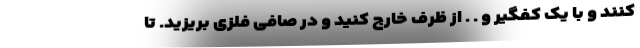
کنند و با یک کفگیر و . . از ظرف خارج کنید و در صافی فلزی بریزید. تا